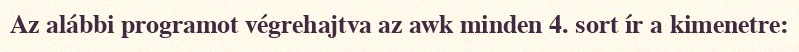
Az alábbi programot végrehajtva az awk minden 4. sort ír a kimenetre: